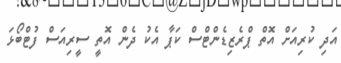
އަދި ކުރިއަށް އޮތް ޕްރެޒިޑެންޓްސް ކަޕާ އެކު ދެން އޮތީ ސީރިއަސް ފުޓްބޯޅަ